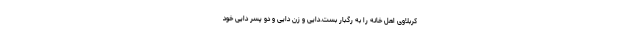
کربلاوی اهل خانه را به رگبار بست.دایی و زن دایی و دو پسر دایی خود